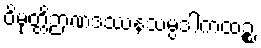
ဝိမုတ္တိဉာဏဒဿနသမ္ပဒါကထဉ္စ